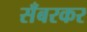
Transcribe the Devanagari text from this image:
सँबरकर